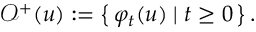
\mathcal { O } ^ { + } ( u ) : = \left\{ \, \varphi _ { t } ( u ) \; \vert \; t \geq 0 \, \right\} .